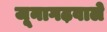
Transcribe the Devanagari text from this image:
जूनागढ़वाले